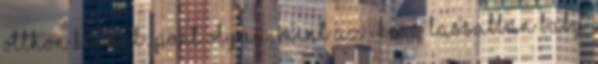
otthon készül: pont olyan, mint az ikeás Lassabban baby